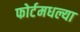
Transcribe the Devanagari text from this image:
फोर्टमधल्या